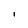
Character: i